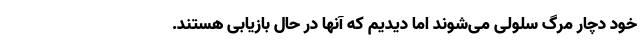
خود دچار مرگ سلولی می‌شوند اما دیدیم که آنها در حال بازیابی هستند.